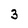
Character: 3